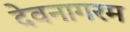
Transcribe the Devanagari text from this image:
देवनागरम